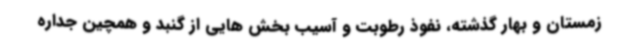
زمستان و بهار گذشته، نفوذ رطوبت و آسیب بخش هایی از گنبد و همچین جداره